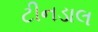
ટીનડાલ